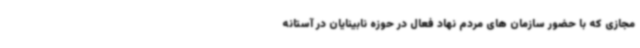
مجازی که با حضور سازمان های مردم نهاد فعال در حوزه نابینایان در آستانه